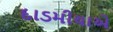
દાડમીયાએ